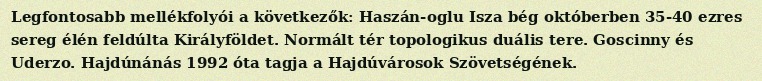
Legfontosabb mellékfolyói a következők: Haszán-oglu Isza bég októberben 35-40 ezres sereg élén feldúlta Királyföldet. Normált tér topologikus duális tere. Goscinny és Uderzo. Hajdúnánás 1992 óta tagja a Hajdúvárosok Szövetségének.